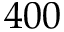
4 0 0